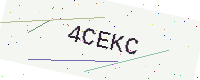
Text: 4CEKC